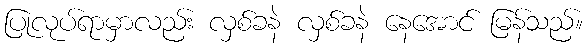
ပြုလုပ်ရာမှာလည်း လှစ်ခနဲ လှစ်ခနဲ နေအောင် မြန်သည်။